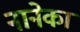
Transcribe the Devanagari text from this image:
नानेका